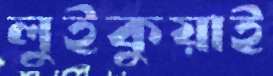
লুইকুয়াই